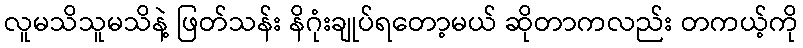
လူမသိသူမသိနဲ့ ဖြတ်သန်း နိဂုံးချုပ်ရတော့မယ် ဆိုတာကလည်း တကယ့်ကို